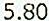
5.80